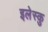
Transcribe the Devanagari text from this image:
इलेस्कु